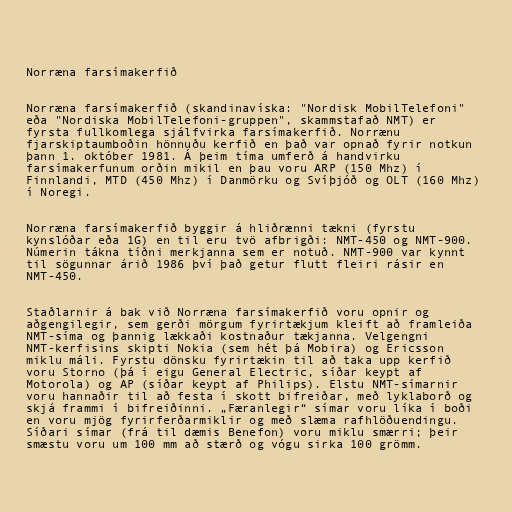
Norræna farsímakerfið

Norræna farsímakerfið (skandinavíska: "Nordisk MobilTelefoni"
eða "Nordiska MobilTelefoni-gruppen", skammstafað NMT) er
fyrsta fullkomlega sjálfvirka farsímakerfið. Norrænu
fjarskiptaumboðin hönnuðu kerfið en það var opnað fyrir notkun
þann 1. október 1981. Á þeim tíma umferð á handvirku
farsímakerfunum orðin mikil en þau voru ARP (150 Mhz) í
Finnlandi, MTD (450 Mhz) í Danmörku og Svíþjóð og OLT (160 Mhz)
í Noregi.

Norræna farsímakerfið byggir á hliðrænni tækni (fyrstu
kynslóðar eða 1G) en til eru tvö afbrigði: NMT-450 og NMT-900.
Númerin tákna tíðni merkjanna sem er notuð. NMT-900 var kynnt
til sögunnar árið 1986 því það getur flutt fleiri rásir en
NMT-450.

Staðlarnir á bak við Norræna farsímakerfið voru opnir og
aðgengilegir, sem gerði mörgum fyrirtækjum kleift að framleiða
NMT-síma og þannig lækkaði kostnaður tækjanna. Velgengni
NMT-kerfisins skipti Nokia (sem hét þá Mobira) og Ericsson
miklu máli. Fyrstu dönsku fyrirtækin til að taka upp kerfið
voru Storno (þá í eigu General Electric, síðar keypt af
Motorola) og AP (síðar keypt af Philips). Elstu NMT-símarnir
voru hannaðir til að festa í skott bifreiðar, með lyklaborð og
skjá frammi í bifreiðinni. „Færanlegir“ símar voru líka í boði
en voru mjög fyrirferðarmiklir og með slæma rafhlöðuendingu.
Síðari símar (frá til dæmis Benefon) voru miklu smærri; þeir
smæstu voru um 100 mm að stærð og vógu sirka 100 grömm.